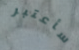
سأعتبر